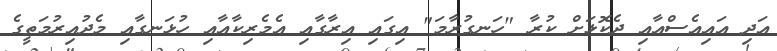
އަދި އައިއެސްއާއި ދެކޮޅަށް ކުރާ "ހަނގުރާމަ" އިގައި އިރާގާއި އެމެރިކާއާއި ހުޅަނގާއި މެދުއިރުމަތީގެ